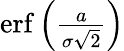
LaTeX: \textstyle\operatorname{erf}\left({\frac{a}{\sigma{\sqrt{2}}}}\right)